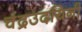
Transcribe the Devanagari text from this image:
चंद्रउदयिनी